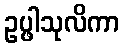
ဥပ္ဖါသုလိကာ